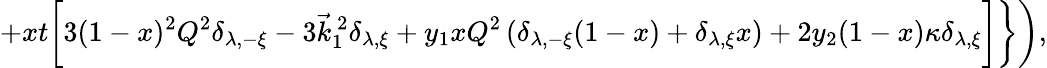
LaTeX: +xt\biggl[3(1-x)^{2}Q^{2}\delta_{\lambda,-\xi}-3\vec{k}_{1}^{~2}\delta_{\lambda,\xi}+y_{1}xQ^{2}\left(\delta_{\lambda,-\xi}(1-x)+\delta_{\lambda,\xi}x\right)+2y_{2}(1-x)\kappa\delta_{\lambda,\xi}\biggr]\biggr\} \biggr),